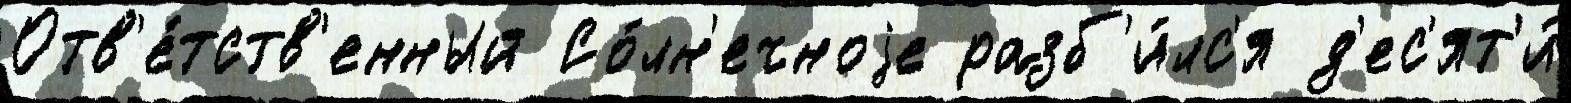
Отв'е́тств'енный Со́лн'ечноjе разб'и́лс'я д'ес'ят'и́